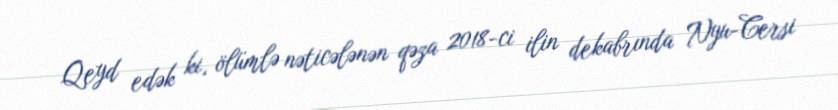
Qeyd edək ki, ölümlə nəticələnən qəza 2018-ci ilin dekabrında Nyu-Cersi